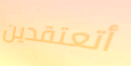
أتعتقدين